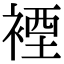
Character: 𧛑